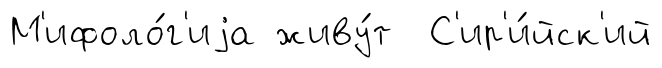
М'ифоло́г'иjа живу́т С'ир'и́йск'ий